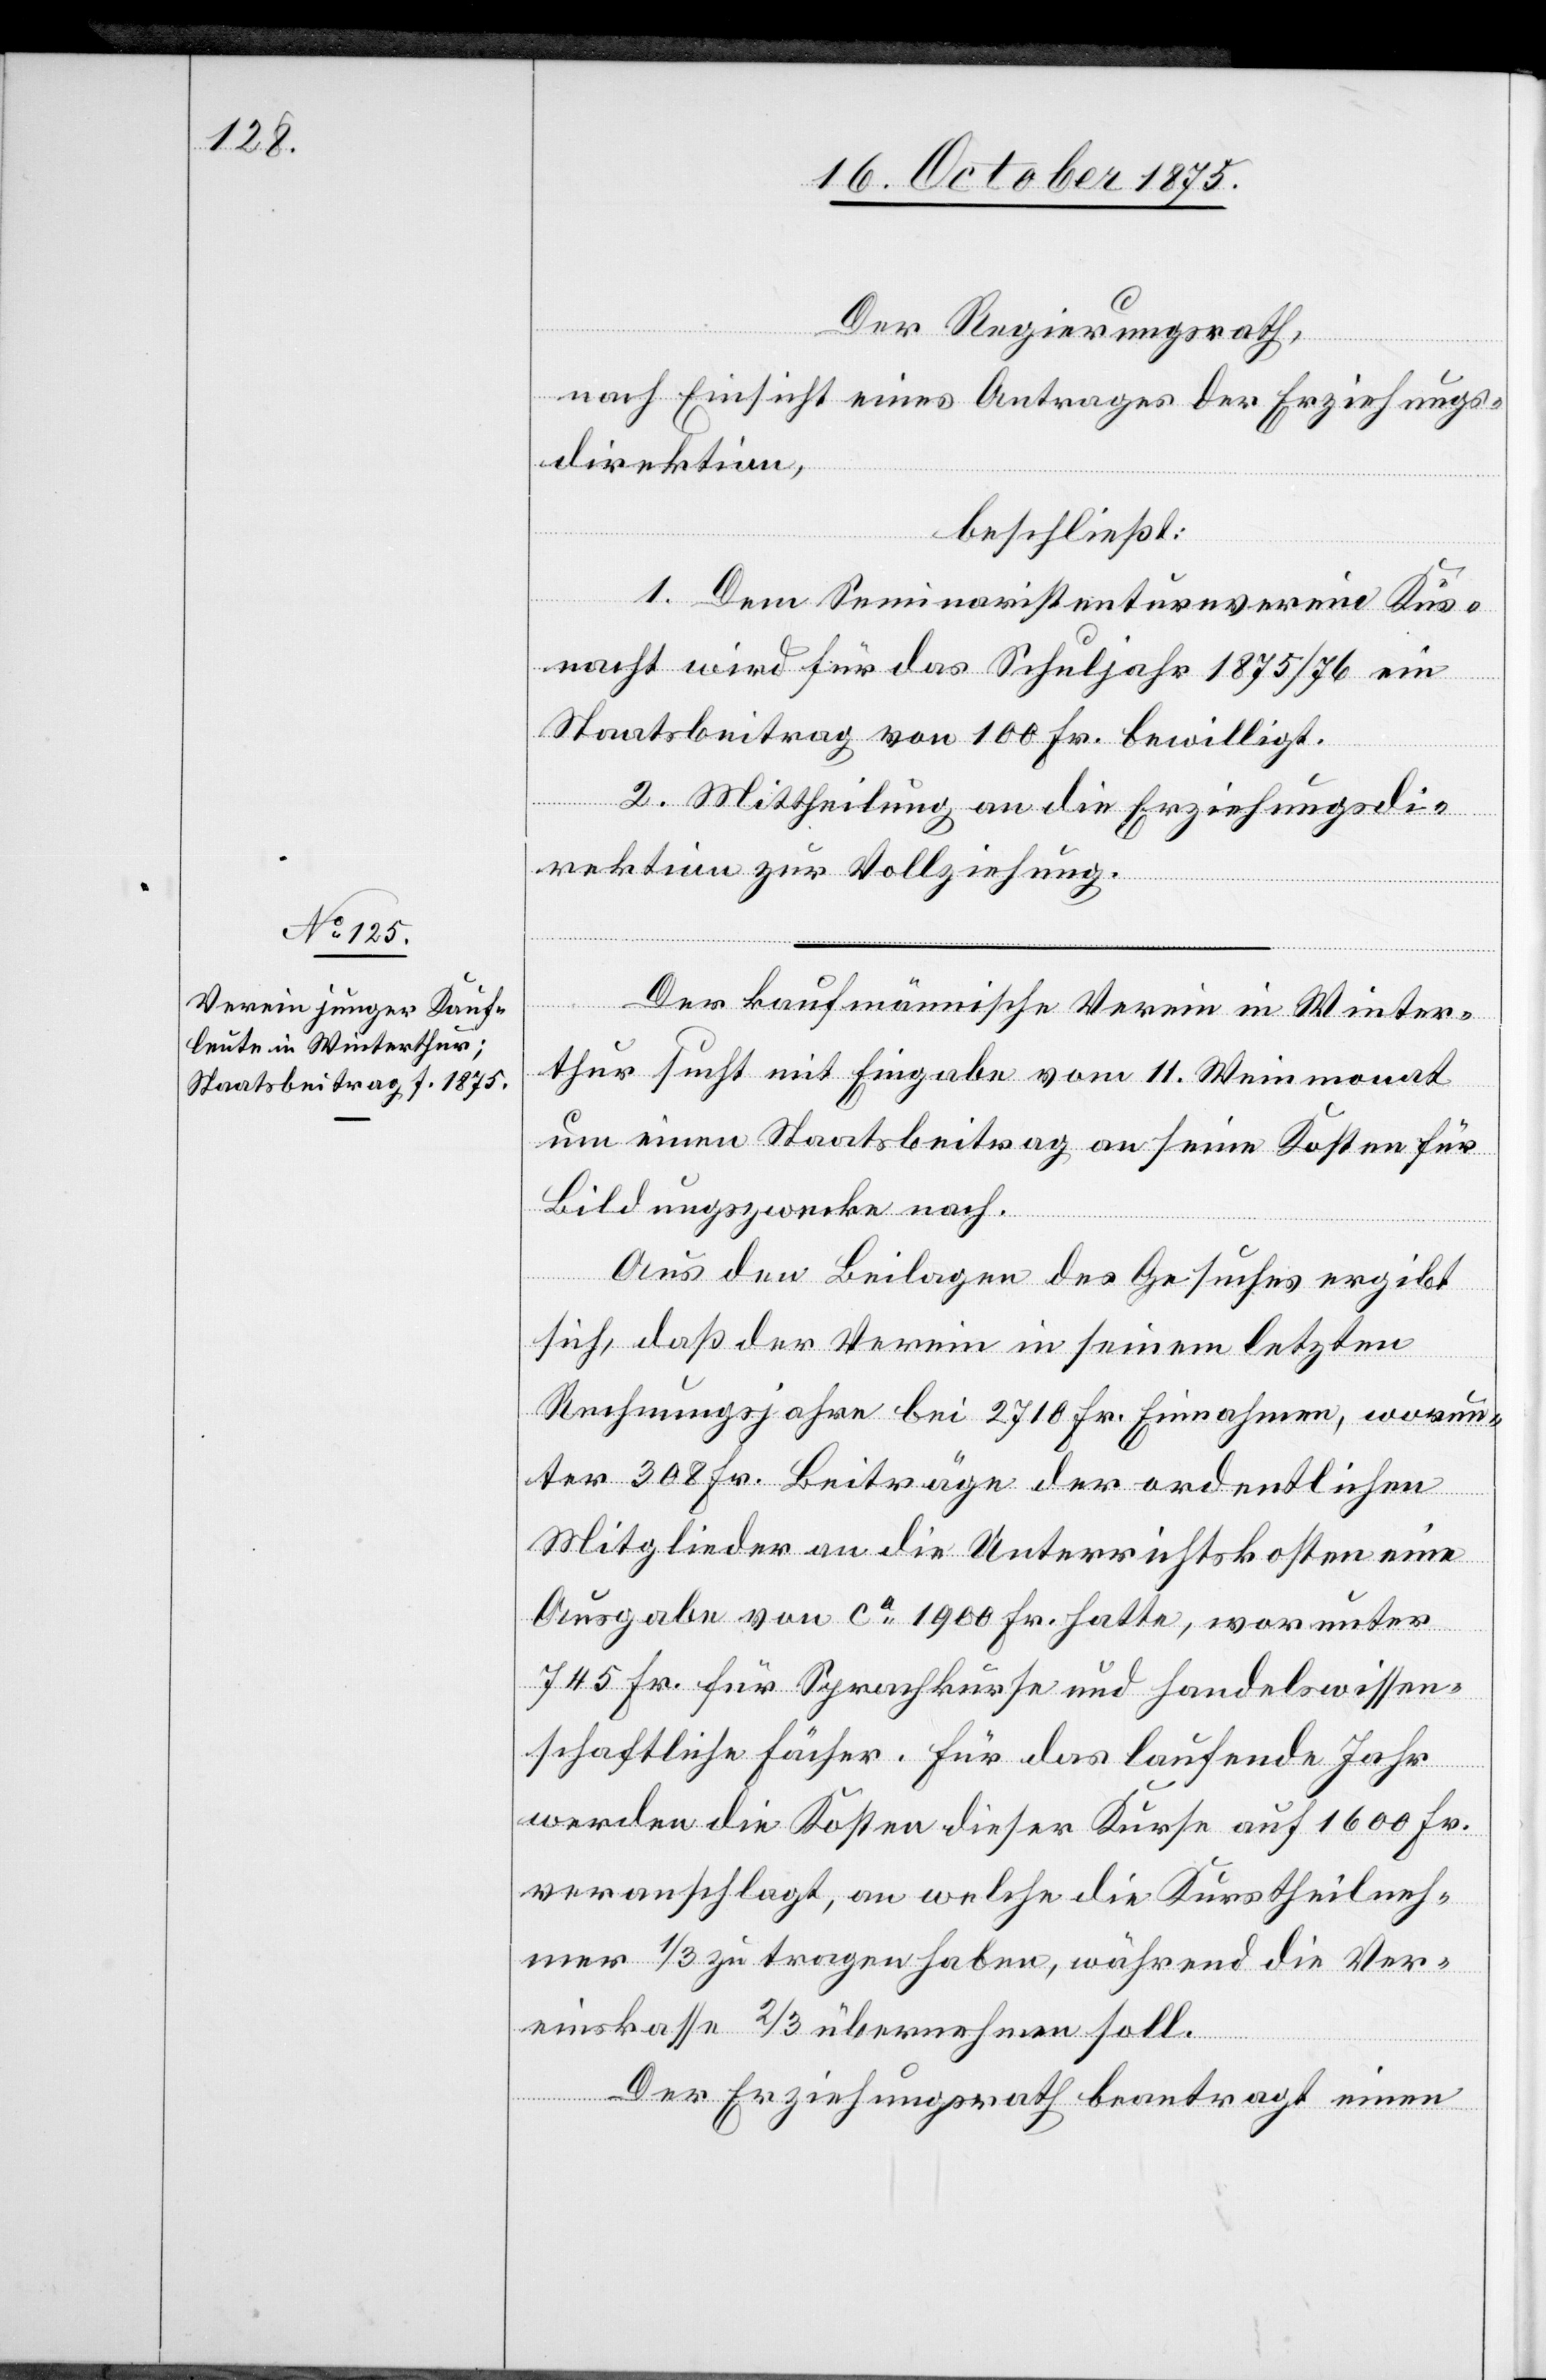
Der Regierungsrath,
nach Einsicht eines Vertrages der Erziehungs¬
direktion,
beschließt:
1. Dem Seminaristenturnverein Küs¬
nacht wird für das Schuljahr 1875/76 ein
Staatsbeitrag von 100 Fr. bewilligt.
2. Mittheilung an die Erziehungsdi¬
rektion zur Vollziehung.
Der kaufmännische Verein in Winter¬
thur sucht mit Eingabe vom 11. Weinmonat
um einen Staatsbeitrag an seine Kosten für
Bildungszwecke nach.
Aus den Beilagen des Gesuches ergibt
sich, daß der Verein in seinem letzten
Rechnungsjahre bei 2710 Fr. Einnahmen, worun¬
ter 308 Fr. Beiträge der ordentlichen
Mitglieder an die Unterrichtskosten eine
Ausgabe von ca 1900 Fr. hatte, worunter
745 Fr. für Sprachkurse und handelswissen¬
schaftliche Fächer. Für das laufende Jahr
werden die Kosten dieser Kurse auf 1600 Fr.
veranschlagt, an welche die Kurstheilneh¬
mer 1/3 zu tragen haben, während die Ver¬
einskasse 2/3 übernehmen soll.
Der Erziehungsrath beantragt einen